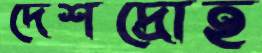
দেশদ্রোহ